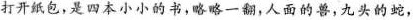
打开纸包，是四本小小的书，略略一翻，人面的兽，九头的蛇，